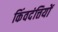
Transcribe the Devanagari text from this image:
किंवदंत्तियों